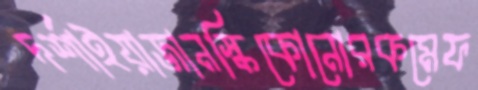
দর্শাইয়াজানস্কিকোনোরকমেফ